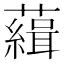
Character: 𧁭